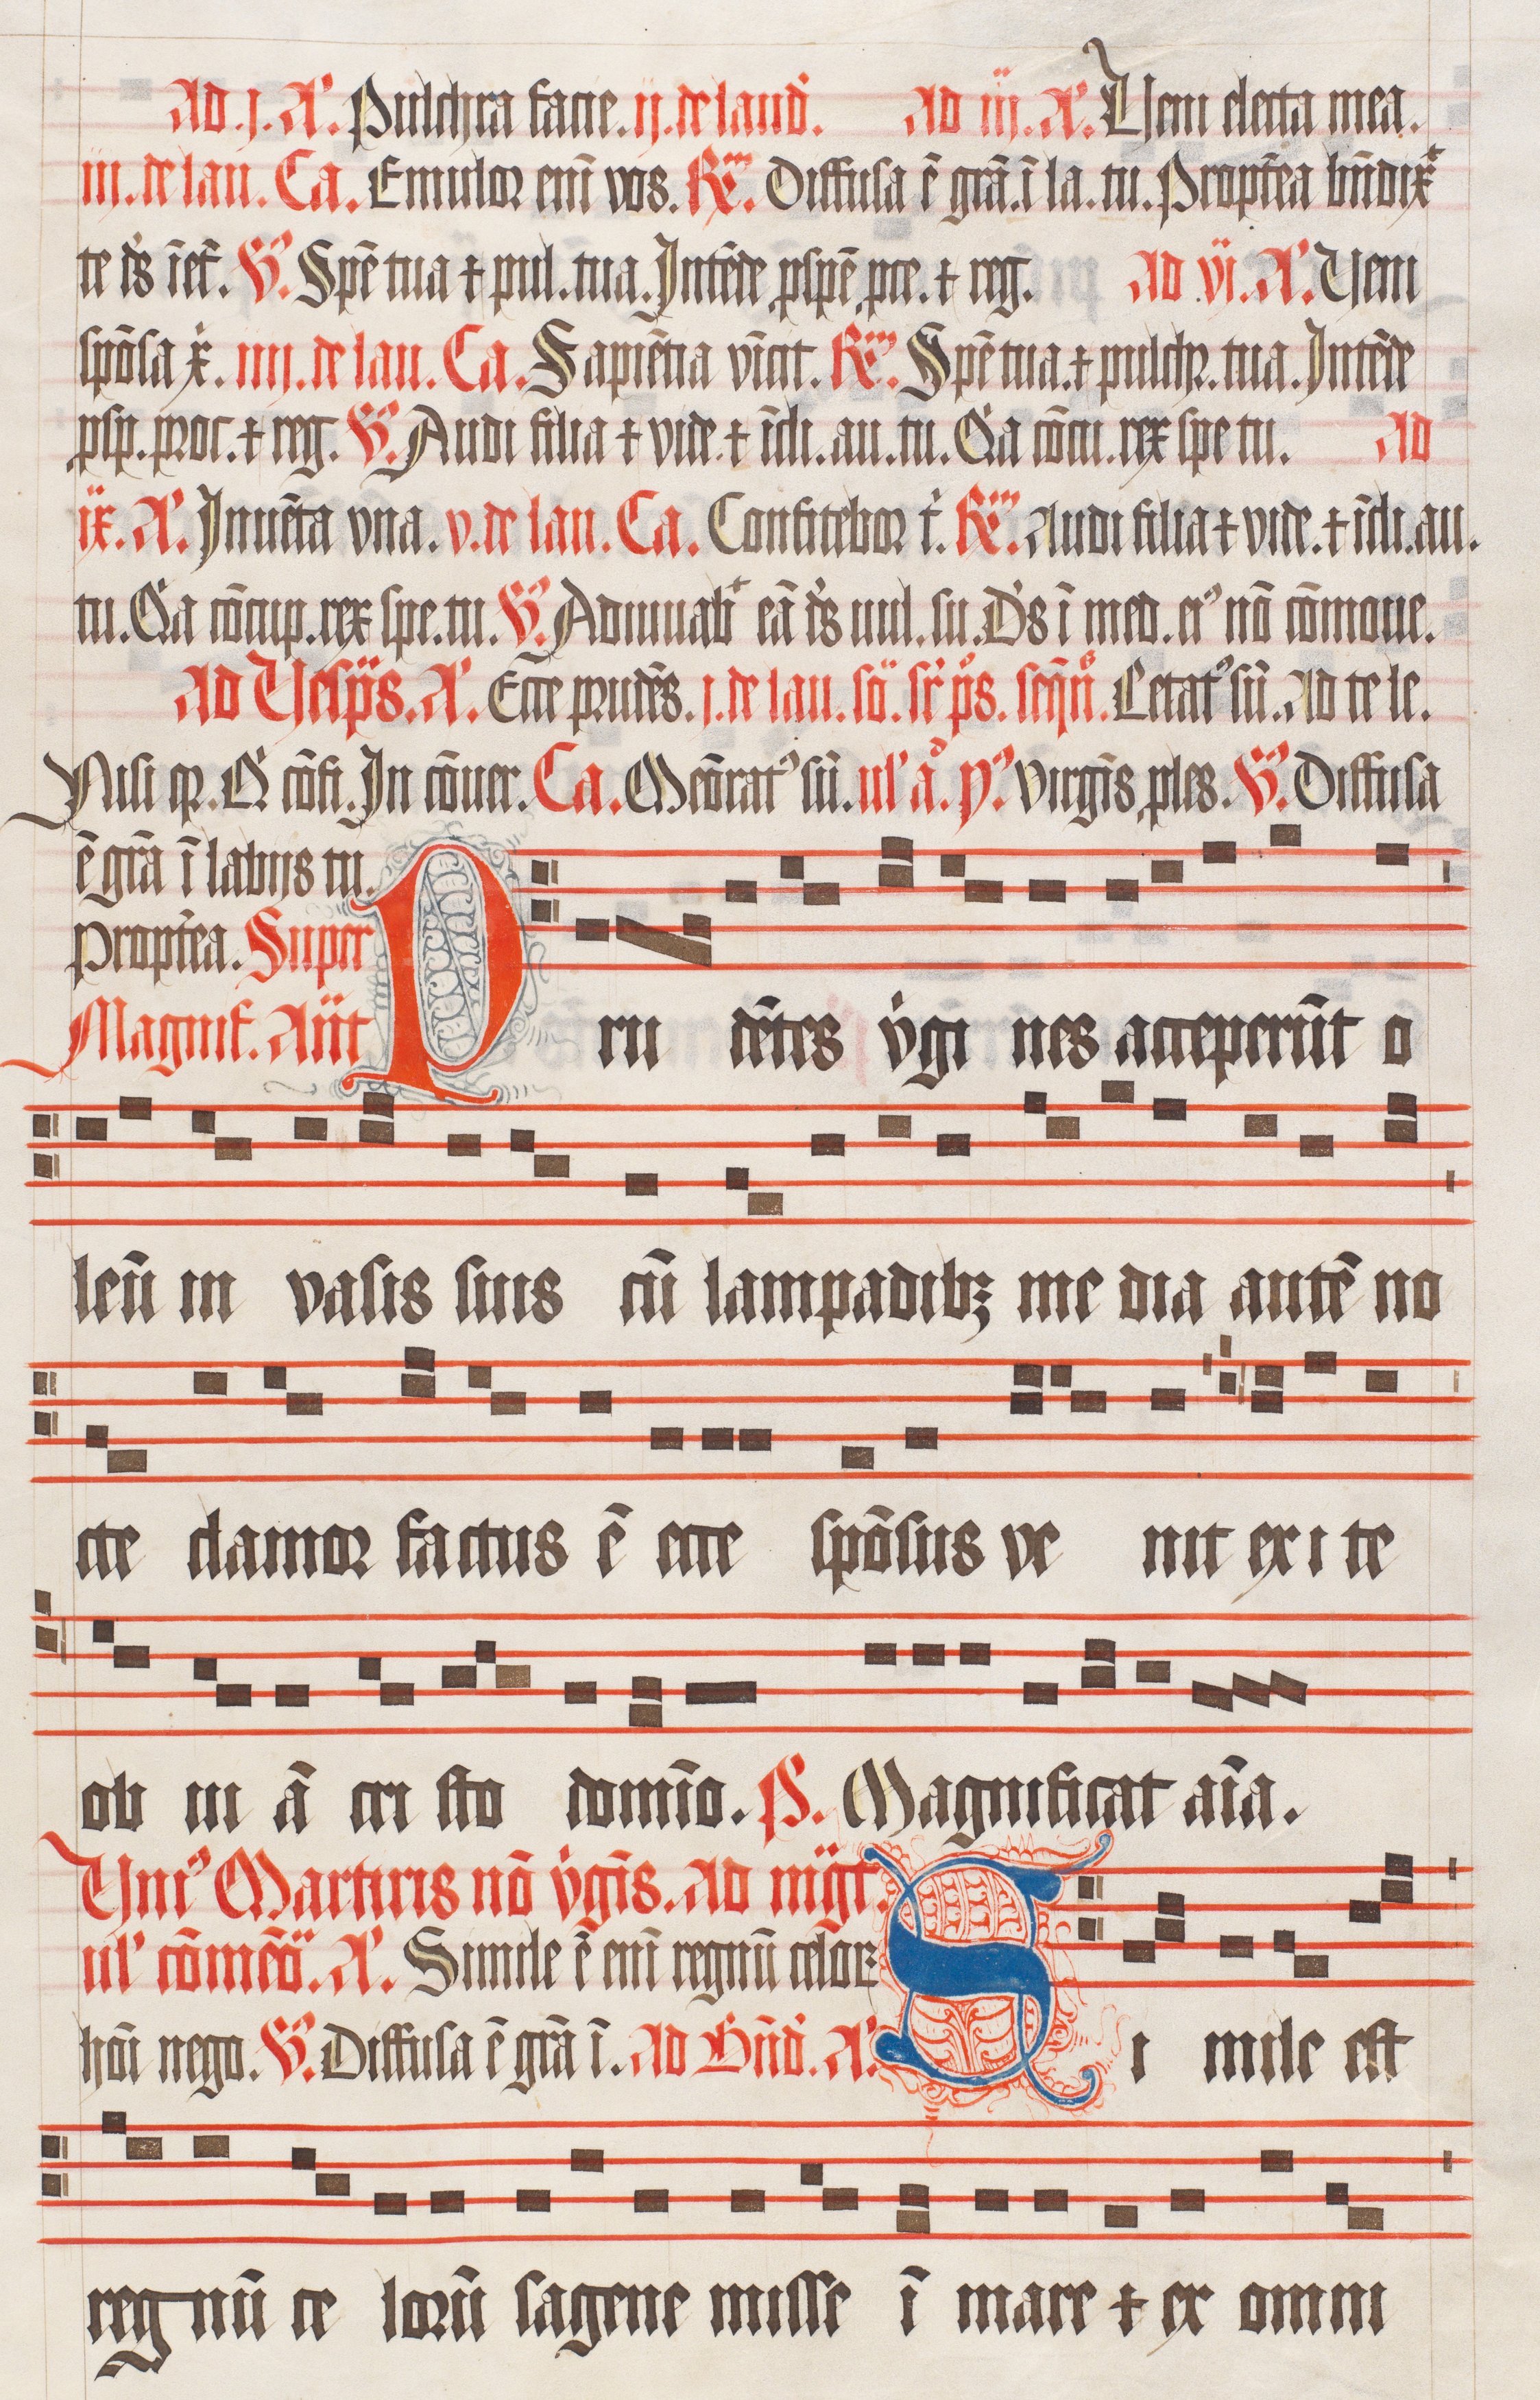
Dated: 1509–1517